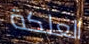
العلكة